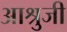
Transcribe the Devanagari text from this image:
आश्रुजी